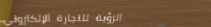
الرؤية للتجارة الإلكتروني